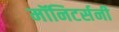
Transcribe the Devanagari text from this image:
मॉनिटर्सनी